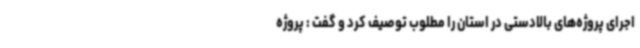
اجرای پروژه‌های بالادستی در استان را مطلوب توصیف کرد و گفت : پروژه